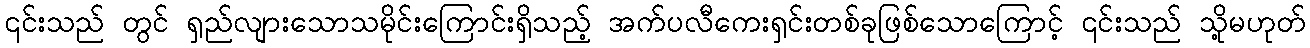
၎င်းသည် တွင် ရှည်လျားသောသမိုင်းကြောင်းရှိသည့် အက်ပလီကေးရှင်းတစ်ခုဖြစ်သောကြောင့် ၎င်းသည် သို့မဟုတ်